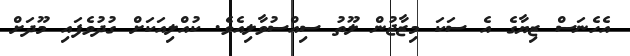
އެހެނަސް ޒިޔާގެ އެ ސަކަ މިޒާޖުން ލޫތު ސިއްސުވާލިއެވެ. ކުއްލިއަކަށް ގުދުވެފައި މޫދަށް